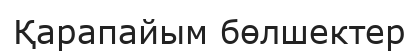
Қарапайым бөлшектер